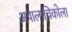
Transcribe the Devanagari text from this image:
अपालाचिकोला